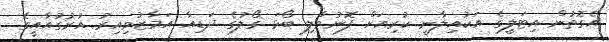
އެގޮތުން އިޓަލީގެ އަކުއިލާނީ ކުރިއަށް ފޮނުވާލި ބޯޅަ ގޯލުގެ ދަޑިއާ އަމާޒުވިއިރު އުރުގުއާއީގެ